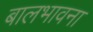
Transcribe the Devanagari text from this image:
बालभावना